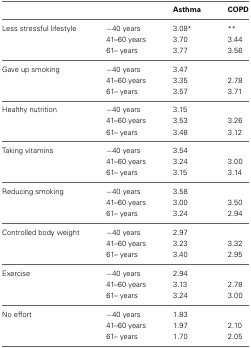
|  |  | Asthma | COPD |
 | --- | --- | --- | --- |
 | Less stressful lifestyle | −40 years | 3.08* | ** |
 |  | 41–60 years | 3.70 | 3.44 |
 |  | 61– years | 3.77 | 3.56 |
 | Gave up smoking | −40 years | 3.47 |  |
 |  | 41–60 years | 3.35 | 2.78 |
 |  | 61– years | 3.57 | 3.71 |
 | Healthy nutrition | −40 years | 3.15 |  |
 |  | 41–60 years | 3.53 | 3.26 |
 |  | 61– years | 3.48 | 3.12 |
 | Taking vitamins | −40 years | 3.54 |  |
 |  | 41–60 years | 3.24 | 3.00 |
 |  | 61– years | 3.15 | 3.14 |
 | Reducing smoking | −40 years | 3.58 |  |
 |  | 41–60 years | 3.00 | 3.50 |
 |  | 61– years | 3.24 | 2.94 |
 | Controlled body weight | −40 years | 2.97 |  |
 |  | 41–60 years | 3.23 | 3.32 |
 |  | 61– years | 3.40 | 2.95 |
 | Exercise | −40 years | 2.94 |  |
 |  | 41–60 years | 3.13 | 2.78 |
 |  | 61– years | 3.24 | 3.00 |
 | No effort | −40 years | 1.83 |  |
 |  | 41–60 years | 1.97 | 2.10 |
 |  | 61– years | 1.70 | 2.05 |